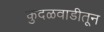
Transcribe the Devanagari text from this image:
कुदळवाडीतून